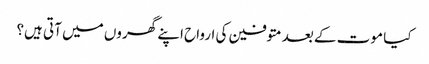
کیا موت کے بعد متوفین کی ارواح اپنے گھروں میں‌ آتی ہیں؟